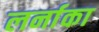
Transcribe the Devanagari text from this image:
लर्नाका